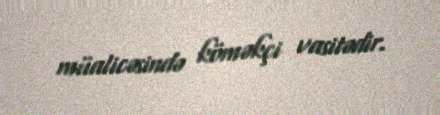
müalicəsində köməkçi vasitədir.